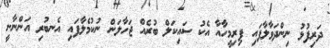
ދަރިފުޅު ނިންދަވާލާފައި ފިރިމީހާއާ އެކު ސައިކަލް ބުރެއް ޖަހާލަން ނުކުމެލާފައި އެނބުރި އަންނާނީ